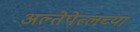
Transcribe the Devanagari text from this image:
अल्तेपेत्लच्या